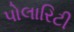
પોલારિટી